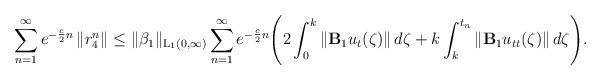
LaTeX: \begin{align*} \sum\limits_{n=1}^{\infty} e^{-\frac{c}{2}n}\left\|r_4^n \right\| \leq \|\beta_1\|_{\mathrm{L_1}(0,\infty)} \sum\limits_{n=1}^{\infty} e^{-\frac{c}{2}n} \Biggr( 2\int_{0}^{k}\left\|\mathbf{B}_1u_{t}(\zeta)\right\| d\zeta + k \int_{k}^{t_n}\left\|\mathbf{B}_1u_{tt}(\zeta)\right\| d\zeta \Biggr). \end{align*}